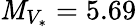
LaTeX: \mathit{M}_{V_{\ast}}=5.69